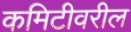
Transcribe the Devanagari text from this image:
कमिटीवरील